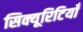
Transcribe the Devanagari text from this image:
सिक्यूरिटियाँ